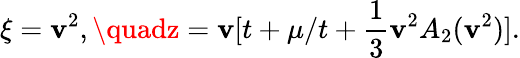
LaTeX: \xi=\mathbf{v}^{2},\quadz=\mathbf{v}[t+\mu/t+\frac{{1}}{{3}}\mathbf{v}^{2}A_{2}(\mathbf{v}^{2})].